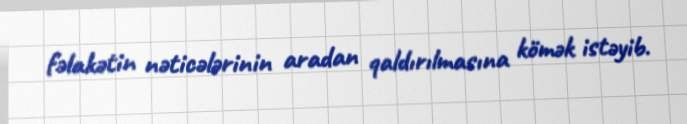
fəlakətin nəticələrinin aradan qaldırılmasına kömək istəyib.